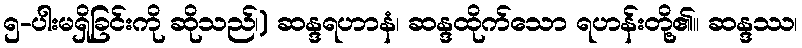
၅-ပါးမရှိခြင်းကို ဆိုသည်၊) ဆန္ဒရဟာနံ၊ ဆန္ဒထိုက်သော ရဟန်းတို့၏။ ဆန္ဒဿ၊